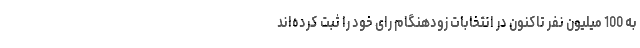
به 100 میلیون نفر تاکنون در انتخابات زودهنگام رای خود را ثبت کرده‌اند